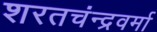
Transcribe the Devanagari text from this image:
शरतचंन्द्रवर्मा